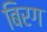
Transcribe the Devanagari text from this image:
बिरग